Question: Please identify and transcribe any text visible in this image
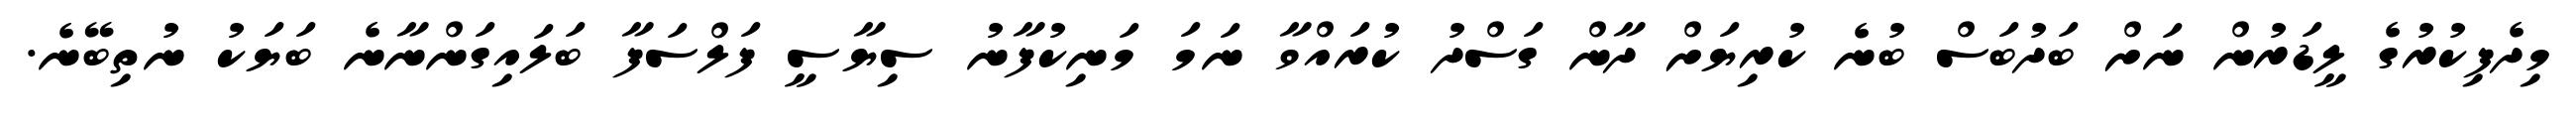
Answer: މިދެފިކުރުގެ ލީޑަރުން ނަށް ބަދުބަސް ބުނެ ކުރިޔަށް ދާން ގަސްދު ކުރައްވާ ނަމަ މަނިކުފާނު ސިޔާސީ ފަލްސަފާ ބަލައިގަންނާނެ ބަޔަކު ނުތިބޭނެ.